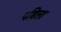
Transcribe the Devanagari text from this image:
पडिला